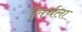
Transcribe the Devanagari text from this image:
तिर्थला